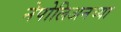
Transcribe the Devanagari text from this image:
नेपोलिअनच्या